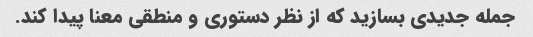
جمله جدیدی بسازید که از نظر دستوری و منطقی معنا پیدا کند.